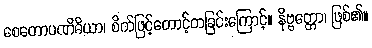
စေတောပဏိဓိယာ၊ စိတ်ဖြင့်တောင့်တခြင်းကြောင့်။ နိဗ္ဗတ္တော၊ ဖြစ်၏။